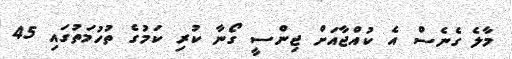
މާލެ ގެނެސް އެ ކުއްޖާއަށް ޖިންސީ ގޯނާ ކުރި ކަމުގެ ތުހުމަތުގައި 45